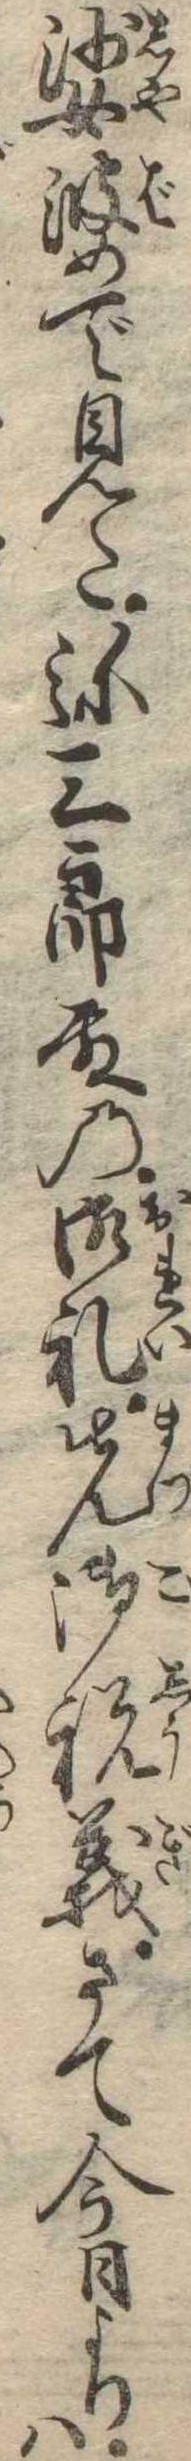
娑婆で見た弥三郎殿の御礼先御祝義さて今日よりは